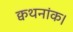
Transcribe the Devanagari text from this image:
क्वथनांक।